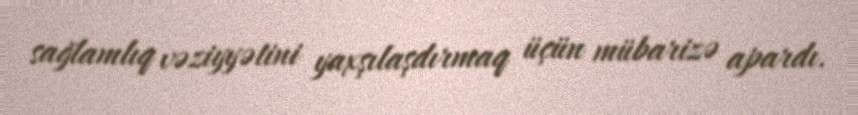
sağlamlıq vəziyyətini yaxşılaşdırmaq üçün mübarizə apardı.